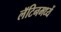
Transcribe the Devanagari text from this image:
लॅटिनमध्यें